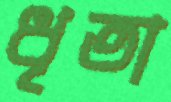
ধৃতা